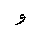
Letter: _waw